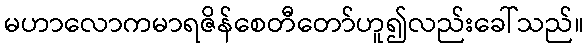
မဟာလောကမာရဇိန်စေတီတော်ဟူ၍လည်းခေါ်သည်။